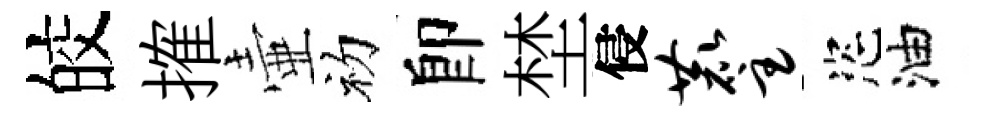
皎搉壷初卽埜侵麈恣油